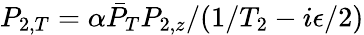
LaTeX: P_{2,T}=\alpha\bar{P}_{T}P_{2,z}/(1/T_{2}-i\epsilon/2)